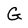
Character: G